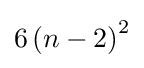
6\left(n-2\right)^{2}